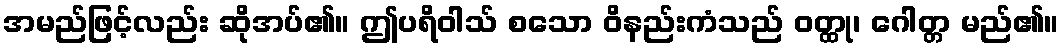
အမည်ဖြင့်လည်း ဆိုအပ်၏။ ဤပရိဝါသ် စသော ဝိနည်းကံသည် ဝတ္ထု၊ ဂေါတ္တ မည်၏။